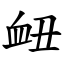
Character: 衄